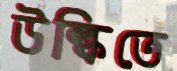
উল্কিতে